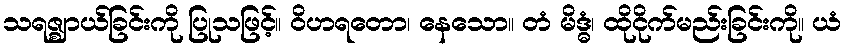
သရဇ္ဈာယ်ခြင်းကို ပြုသဖြင့်။ ဝိဟရတော၊ နေသော။ တံ မိဒ္ဓံ၊ ထိုငိုက်မည်းခြင်းကို။ ယံ